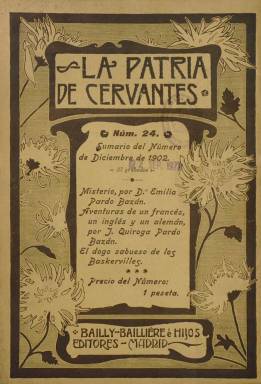
Título: La Patria de Cervantes (Madrid)
Colección: Literatura
Ámbito geográfico: Madrid
Lugar de publicación: Madrid
Fechas: 01/01/1901-31/12/1902

Esta “revista mensual literaria ilustrada” tiene de cervantino sólo el título, aunque uno de sus contenidos fundamentales son las narraciones, cuentos o novelas seriadas, siendo la introductora en España de la novela policial, detectivesca y de ciencia-ficción, además de publicar artículos de índole cultural y científica, en los que se daba cuenta de exploraciones o avances tecnológicos, entre estos los médicos, que serán ingredientes de las propias narraciones (Centenera Tapia: 2015). La revista consta de 24 entregas, cada una de más de un centenar de páginas (compuestas a una columna), apareciendo la primera en enero de 1901 y la última en diciembre del año siguiente. Su foliación es continuada cada semestre, formando la colección cuatro tomos, incluyendo cada uno, al final, unos índices con los títulos de las narraciones y artículos (muchos de ellos publicados en serie) y los de los autores. Son textos originales de escritores españoles, que se suman a las traducciones de otros extranjeros, pues parte de los mismos habían sido previamente publicados en la revista británica The Strand Magazine (1891-1950).

Editada en Madrid por Bailly-Bailliére e Hijos, la revista española sigue la fórmula de la inglesa -de carácter popular y de grandes tiradas-, dedicada a publicar, entre otras, historias cortas de personajes como Sherlock Holmes escritas por Arthur Conan Doyle (1859-1930), con ilustraciones de Sidney Paget (1860-1908), así como de otros imitadores suyos, tanto ingleses como españoles, siendo considerada como la primera revista en España difusora del denominado género detectivesco, cuyos autores españoles “se dejaban influir por los modos y temas de los extranjeros con los que compartían revista”.

Siguiendo el esquema propuesto por Centenera Tapia, “mezclados con relatos costumbristas y sentimentales”, La Patria de Cervantes ofrece a sus lectores otros del género científico-popular: narraciones de ciencia-ficción, como Cuentos de otros mundos, de George Griffith (1857-1906); policiales, como El dogo sabueso de los Barskerville, del citado A.C. Doyle (siendo esta la primera aventura de Sherlock Holmes publicada en España), u Hojas del diario del doctor Moreno (firmado por este mismo como seudónimo); de aventuras históricas, como Aventuras del coronel Gérard, del citado Doyle, o Misterio, de Emilia Pardo Bazán (1851-1921), novela esta que se publica primero en entregas en la revista antes de aparecer su primera edición en libro; o de aventuras exóticas, como Cuentos del continente oscuro, de J.C. Mansford, o Aventuras de un francés, un inglés y un alemán en el siglo XIX, de Jaime de Quiroga Pardo-Bazán (hijo de la escritora española anteriormente citada). Pardo Bazán aportaría posteriormente al estreno del género policiaco en España su novela corta La gota de sangre (1911), que contenía “una benévola ironía sobre Sherlock Holmes” (Danilo Manera: 2011).

La revista también publica algún artículo humorístico y cada entrega inserta decenas de magníficos grabados, entre otros, del citado Sidney Paget o de William Barnes Wollen (procedentes de The Strand Magazine) o de Julio Vila Prades y L.A. Arteta (¿Aurelio Arteta?), estos dos últimos como ilustradores de la narración de Pardo Bazán. Además de textos de los autores citados, aparecen otros de Grant Allen, M. Pemberton, L.J. Meade y Robert Eustace, y de los españoles M. Martínez Barrionuevo, Enrique de Olea, Eloy Requena, Pepita Vidal, u otros firmados por seudónimos, como el del citado Doctor Moreno o de L.L. Omega.